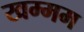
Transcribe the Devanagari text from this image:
खम्‍मम